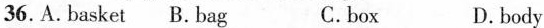
36. A. Basket B. Bag C.box D. body